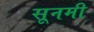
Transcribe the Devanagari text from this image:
सूनमी